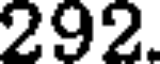
292.